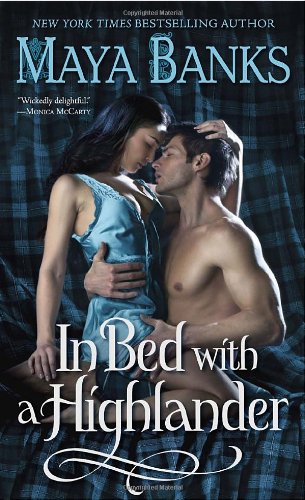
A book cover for In Bed with a Highlander (The Highlanders); Maya Banks; Romance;